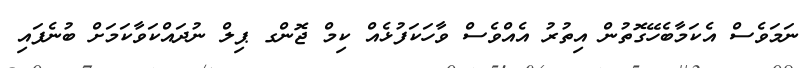
ނަމަވެސް އެކަމާބެހޭގޮތުން އިތުރު އެއްވެސް ވާހަކަފުޅެއް ކިމް ޖޮންގ ޕިލް ނުދައްކަވާކަމަށް ބުނެފައި